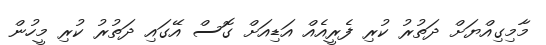
މާމިގިއްޔަށް ދަތުރު ކުރި ފެރީއެއް އަޑިއަށް ގޮސް އޭގައި ދަތުރު ކުރި މީހުން